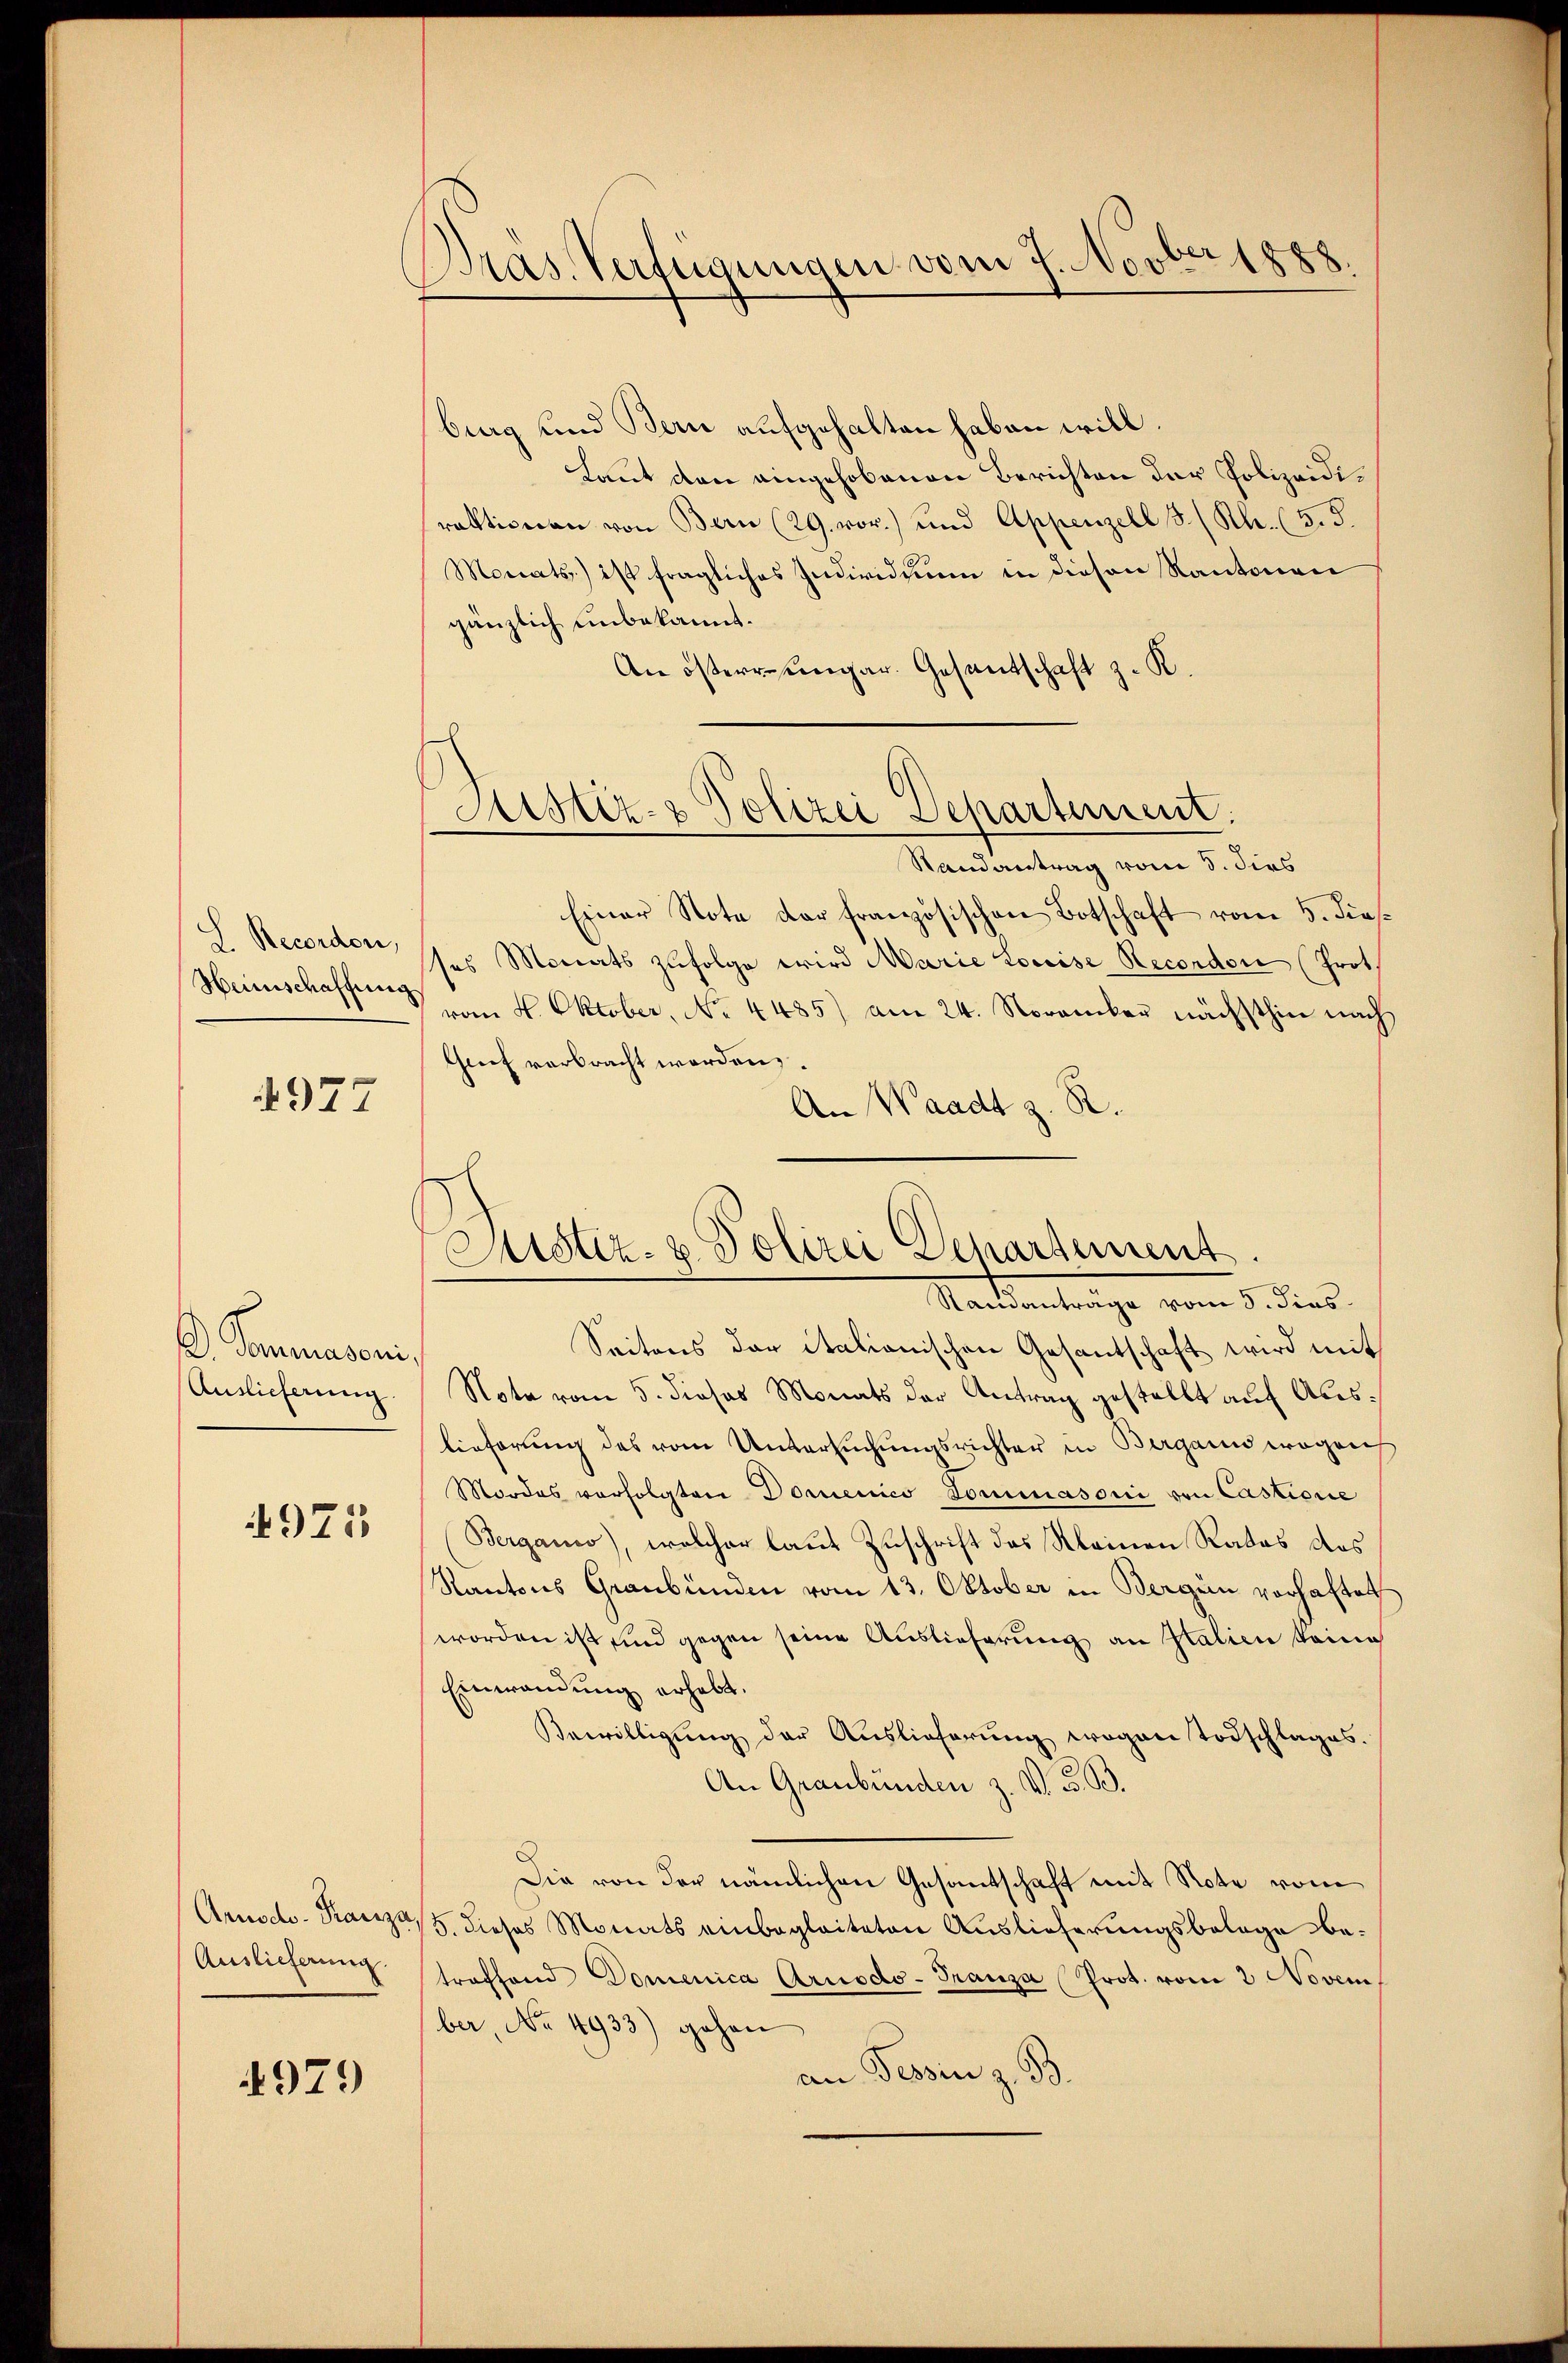
Recordon,
Heinschaffung

4977

D. Generasani
Auslieferung

4975

Aruodo- Franza,
Auslieferung.

4979

Bras. Verfügungen vom 7. Novber 1888

Astiz- & Polizei Departement

berg und Bern aufgehalten haben will.
Laut den eingehobenen Berichten der Polizeidiraktionen von Bern (29. vor.) und Appenzell I/Rh. (5. 5.
Monats) ist fragliches Individuum in diesen Kantonen
gänzlich unbekannt.
An öster ungar. Gesandtschaft z. R.
Randantrag vom 8. dies
Einer Note der französischen Botschaft vom 5. dies
ses Monats zufolge wird Marie Louise Recondon (Prot
vom 4. Oktober, No. 4485) am 24. November nächsthin nach
Genf verbracht worden,
An Waadt z. R.
Seitens der italianischen Gesantschaft wird mit
Note vom 5. dieses Monats der Antrag gestellt auf Auslieferung des vom Untersuchungsrichter in Bergann wegen
Mordes verfolgten Dornenico Dommasoni von Castione
Berganio), welcher laut Zuschrift des Kleinen Rates das
Kantons Graubünden vom 13. Oktober in Bergen vorhaftet
worden ist und gegen seine Auslieferung an Statien keine
Einwandung erhebt.
Bewilligung der Auslieferung wegen Todschlages.
An Graubünden z. V. B. B.
Die von der nämlichen Gesantschaft mit Note vom
5. dieses Monats einbegleiteten Auslieferungsbelage betroffend Domenica Arnodo-Franza Prot. vom 2 Novem
ber, No 4933) gehen
an Tessin z. B.

Justiz- & Polizei Departement
Samantrage vom 3. Fins